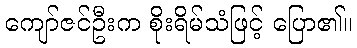
ကျော်ဇင်ဦးက စိုးရိမ်သံဖြင့် ပြော၏။